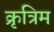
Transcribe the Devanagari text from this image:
क्रृत्रिम